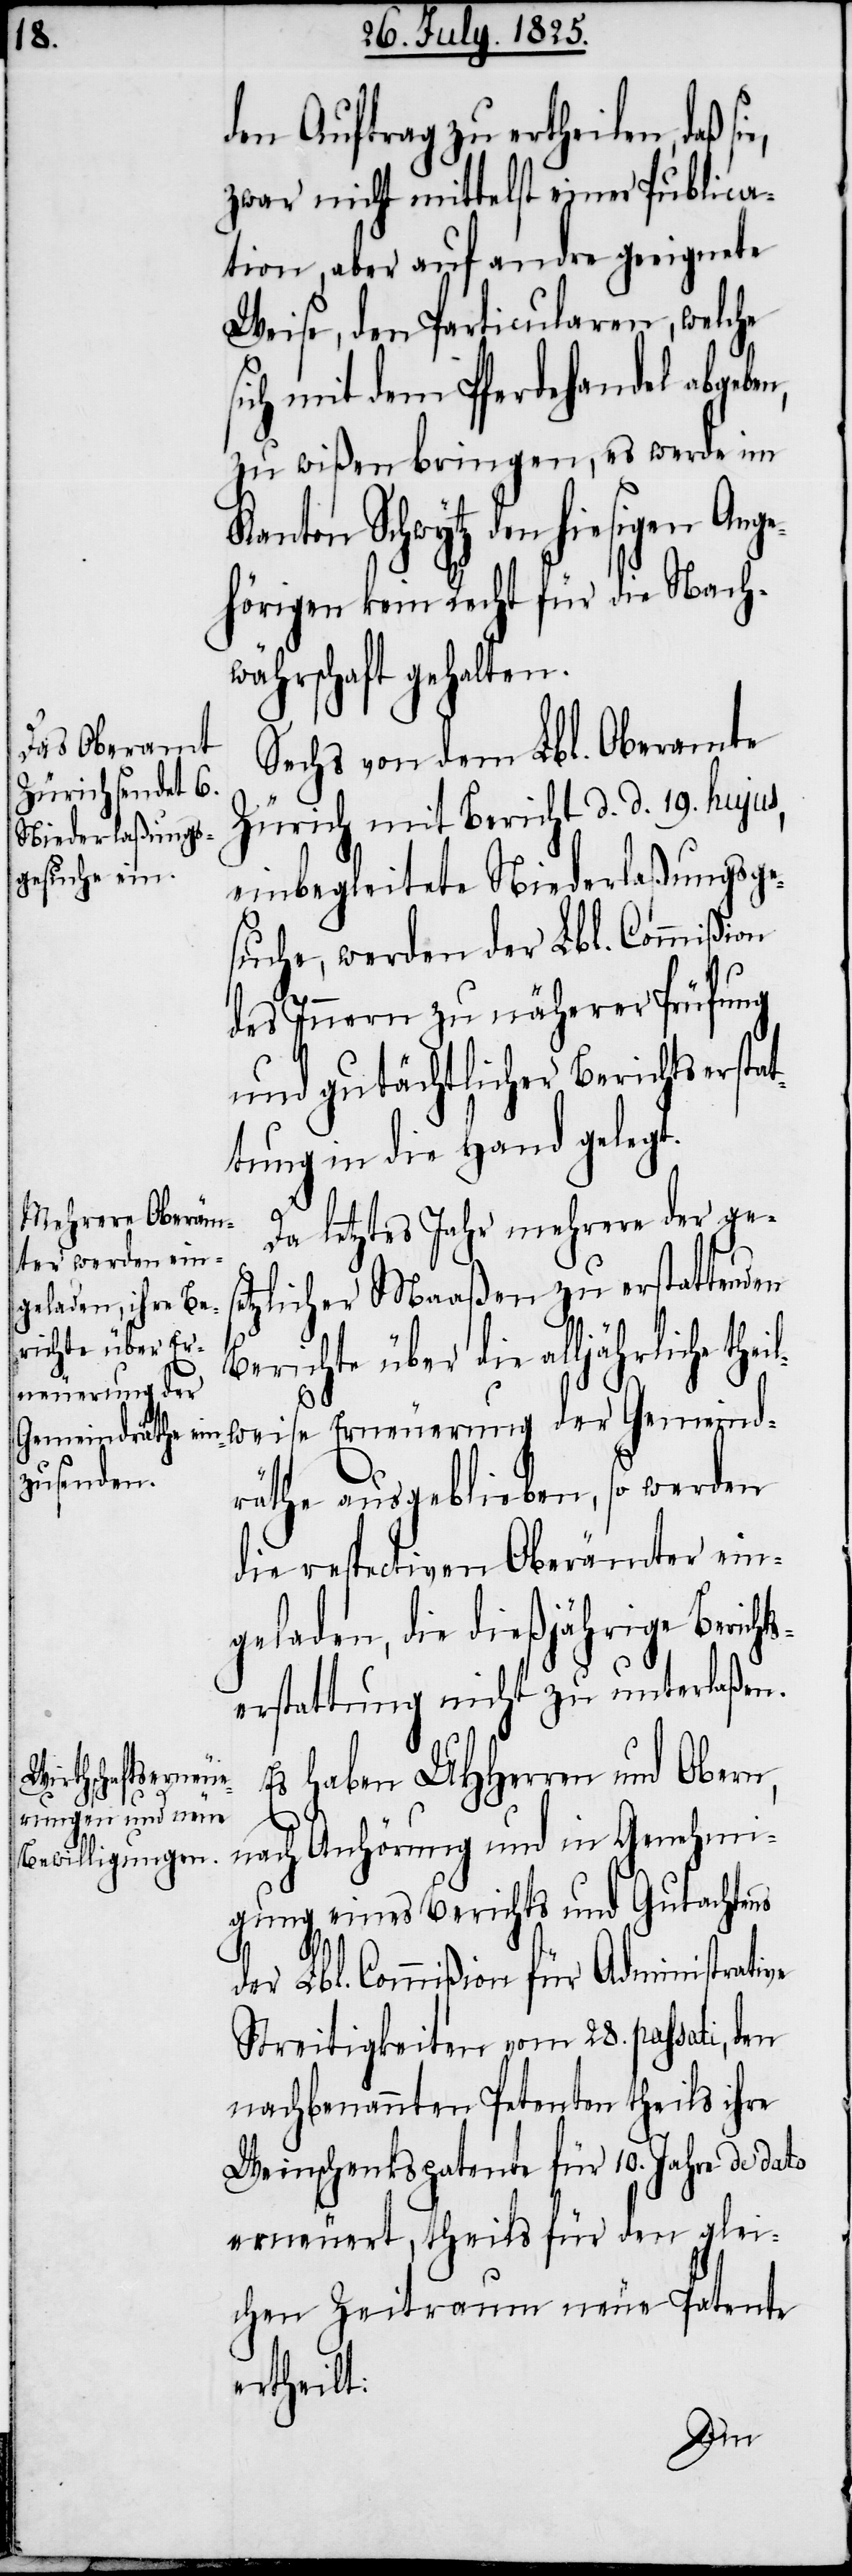
den Auftrag zu ertheilen, daß s¬
zwar nicht mittelst einer Publica¬
tion, aber auf andre geeignete
Weise, den Particularen, welche
sich mit dem Pferdehandel abgeben,
zu wißen bringen, es werde im
Kanton Schwytz den hiesigen Ang¬
ehörigen kein Recht für die Nach¬
währschaft gehalten.
Sechs von dem Lbl. Oberamte
Zürich mit Bericht d. d. 19. hujus,
einbegleitete Niederlaßungsge¬
suche, werden der Lbl. Commißion
des Innern zu näherer Prüfung
und gutächtlicher Berichtserstat¬
tung in die Hand gelegt.
Da letztes Jahr mehrere der ge¬
tzlicher Maaßen zu erstattenden
Berichte über die alljährliche
Erneuerung der
räthe ausgeblieben, so werden
die respectiven Oberämter ein¬
geladen, die dießjährige Bericht¬
serstattung nicht zu unterlaßen.
Es haben UHHerren und Obern,
se¬
nach Anhörung und in Genehmi¬
gung eines Berichts und Gutachtens
der Lbl. Commißion für Administrative
Streitigkeiten vom 28. passati, den
nachbenannten Petenten theils ihre
Weinschenkspatente für 10. Jahre de dato
erneuert, theils für den glei¬
chen Zeitraum neue Patente
ertheilt:
Gemeind¬